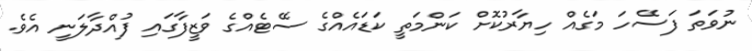
ނުވަތަ ފަސޭހަ މަގެއް ހިޔާރުކޮށް ކަންމަތީ ކަޑައެއްގެ ސޭޓެއްގެ ވަޒީފާގައި ފުއްދާލަނީ އެވެ.